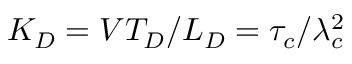
K _ { D } = V T _ { D } / L _ { D } = \tau _ { c } / \lambda _ { c } ^ { 2 }